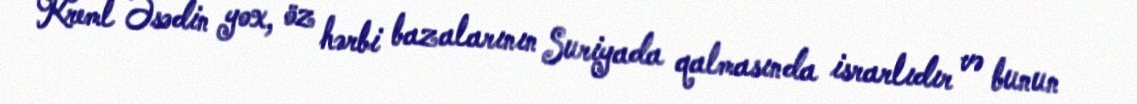
Kreml Əsədin yox, öz hərbi bazalarının Suriyada qalmasında israrlıdır və bunun